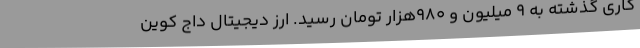
کاری گذشته به ۹ میلیون و ۹۸۰هزار تومان رسید. ارز دیجیتال داج کوین